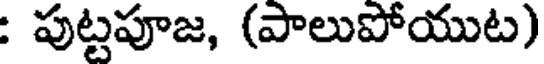
: పుట్టపూజ, (పాలుపోయుట)